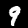
Label: 9